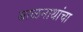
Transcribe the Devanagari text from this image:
बाळनाथांचा